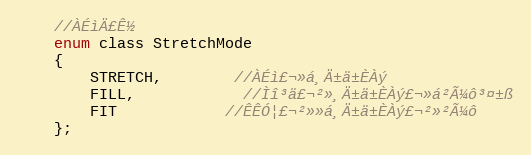
Language: C
	//À­ÉìÄ£Ê½
	enum class StretchMode
	{
		STRETCH,		//À­Éì£¬»á¸Ä±ä±ÈÀý
		FILL,			//Ìî³ä£¬²»¸Ä±ä±ÈÀý£¬»á²Ã¼ô³¤±ß
		FIT			//ÊÊÓ¦£¬²»»á¸Ä±ä±ÈÀý£¬²»²Ã¼ô
	};